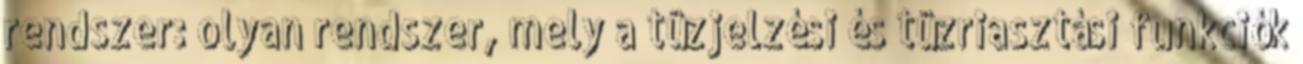
rendszer: olyan rendszer, mely a tûzjelzési és tûzriasztási funkciók